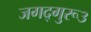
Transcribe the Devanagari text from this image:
जगद्गुरू३